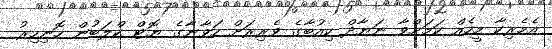
އެމެރިކާ މީހެއް ކަމަށްވާ ނަޔާދް ކިއުބާގެ ވެރިރަށް ހަވާނާގެ ޔޮޓް ކްލަބުން ހޮނިހިރު